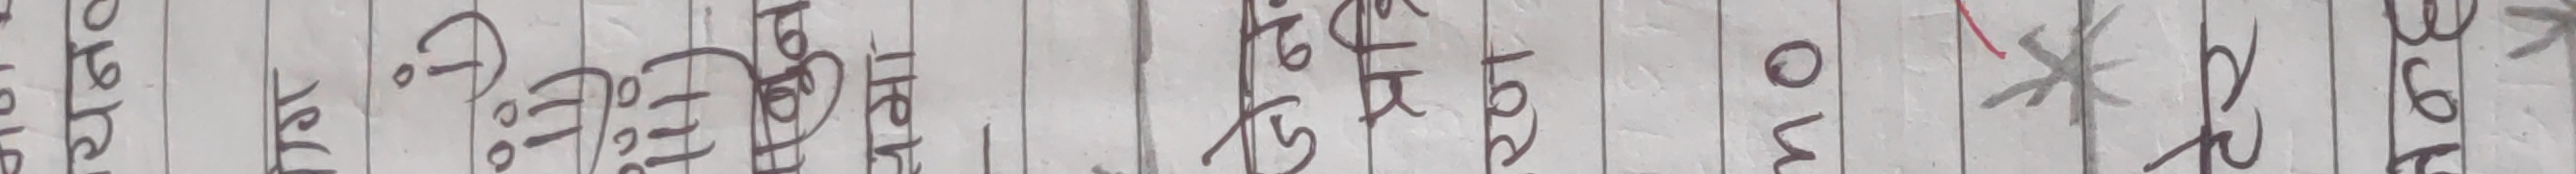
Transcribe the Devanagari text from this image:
अशु १ टो ३० पोई हे १ छ मो ओ ए इ ते ई उ व म ओ ब * र बा ६ उ व ठ र